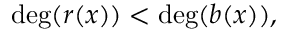
\deg ( r ( x ) ) < \deg ( b ( x ) ) ,